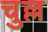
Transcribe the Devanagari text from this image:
चुल्ल